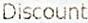
DISCOUNT